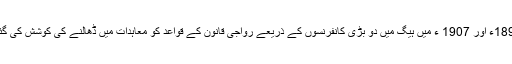
1899ء اور 1907 ء میں ہیگ میں دو بڑی کانفرنسوں کے ذریعے رواجی قانون کے قواعد کو معاہدات میں ڈھالنے کی کوشش کی گئی۔